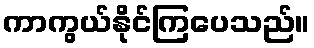
ကာကွယ်နိုင်ကြပေသည်။